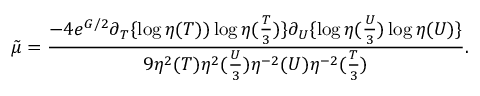
{ \tilde { \mu } } = \frac { - 4 e ^ { G / 2 } \partial _ { T } \{ \log \eta ( T ) ) \log \eta ( \frac { T } { 3 } ) \} \partial _ { U } \{ \log \eta ( \frac { U } { 3 } ) \log \eta ( U ) \} } { 9 \eta ^ { 2 } ( T ) \eta ^ { 2 } ( \frac { U } { 3 } ) \eta ^ { - 2 } ( U ) \eta ^ { - 2 } ( \frac { T } { 3 } ) } .